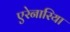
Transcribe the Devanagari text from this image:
एरेनारिया